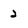
Character: 2